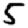
Digit: 5